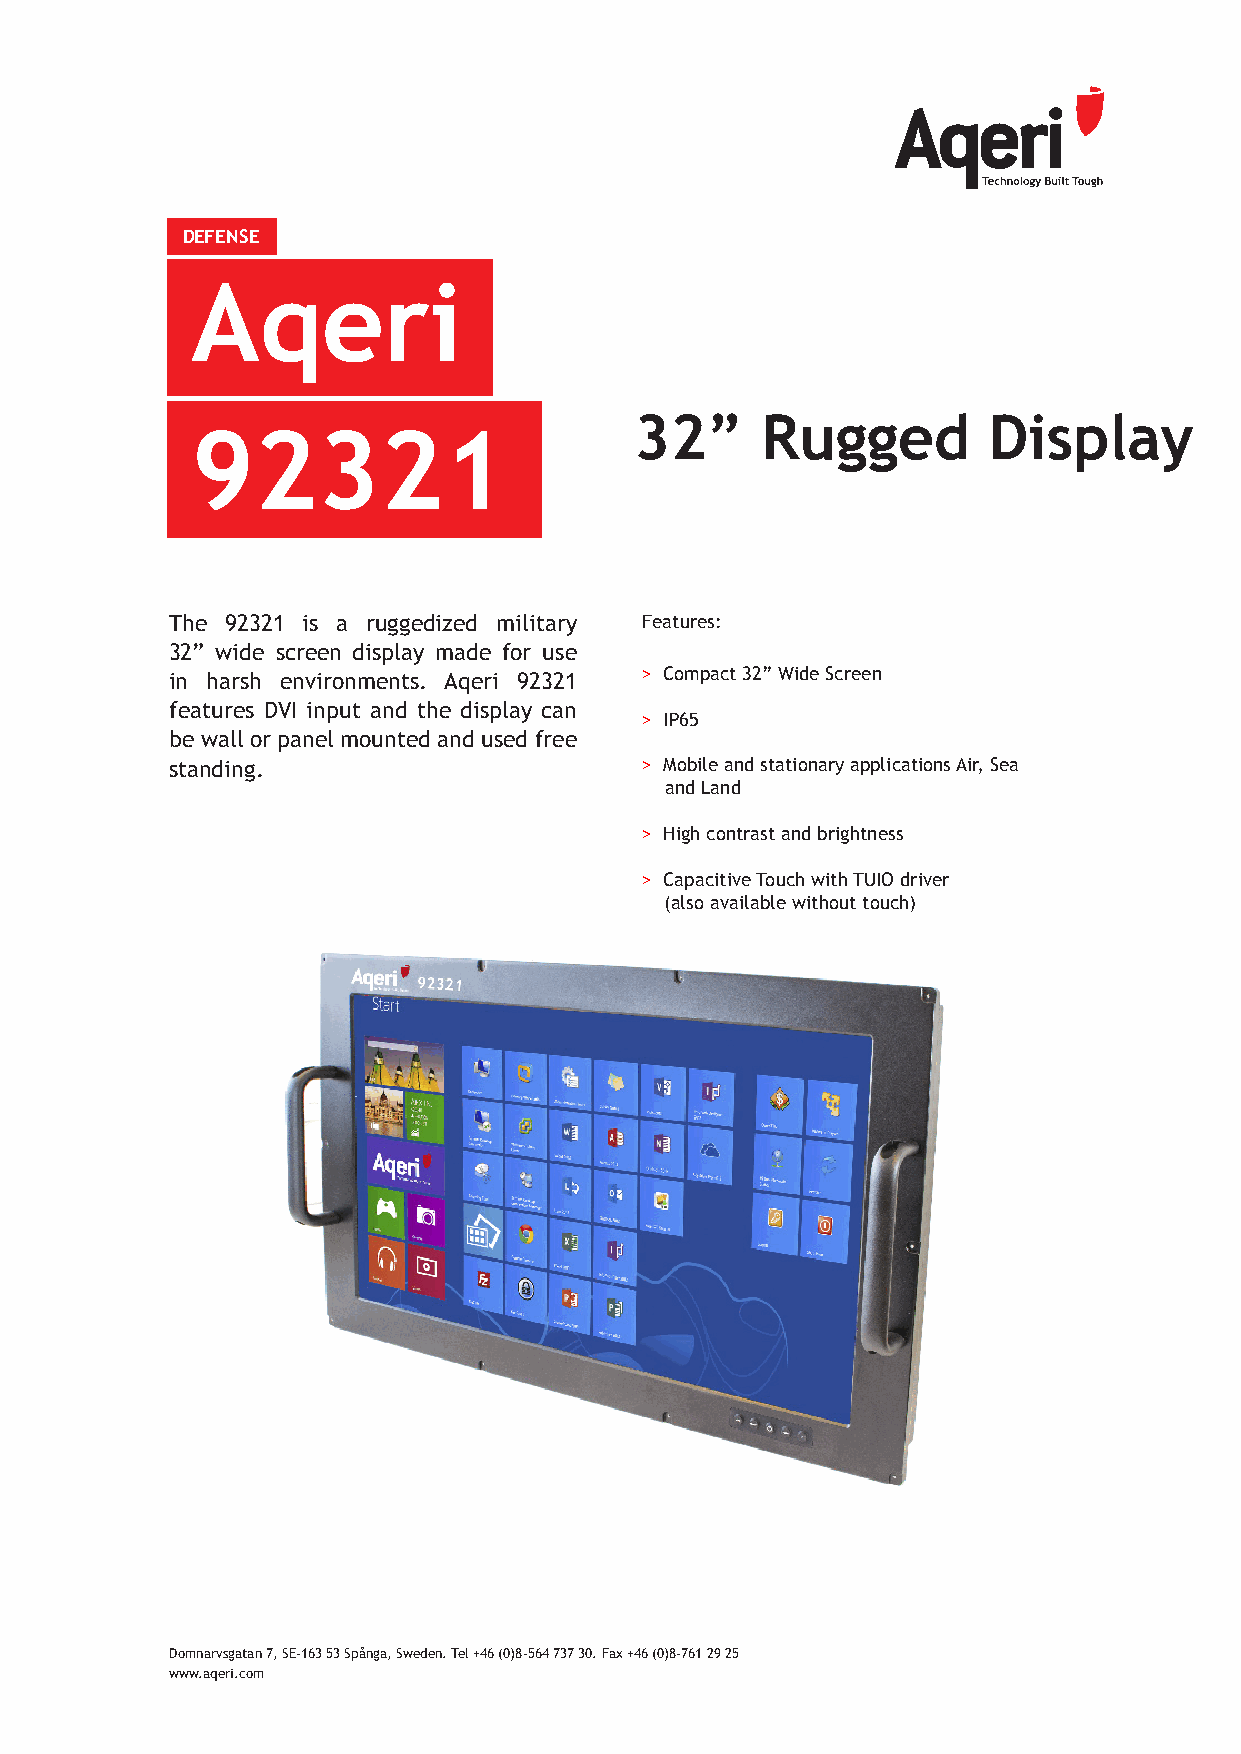
DEFENSE
 Aqeri
 32”     Rugged         Display
 92321
 The 92321 is a ruggedized military Features:
 32” wide screen display made for use
 in harsh environments. Aqeri 92321 > Compact 32” Wide Screen
 features DVI input and the display can
 > IP65
 be wall or panel mounted and used free
 standing.                      > Mobile and stationary applications Air, Sea
 and Land
 > High contrast and brightness
 > Capacitive Touch with TUIO driver
 (also available without touch)
 Domnarvsgatan 7, SE-163 53 Spånga, Sweden. Tel +46 (0)8-564 737 30. Fax +46 (0)8-761 29 25
 www.aqeri.com